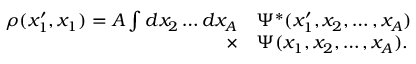
\begin{array} { r l } { \rho ( x _ { 1 } ^ { \prime } , x _ { 1 } ) = A \int d x _ { 2 } \ldots d x _ { A } } & { { } \Psi ^ { * } ( x _ { 1 } ^ { \prime } , x _ { 2 } , \ldots , x _ { A } ) } \\ { \times } & { { } \Psi ( x _ { 1 } , x _ { 2 } , \ldots , x _ { A } ) . } \end{array}